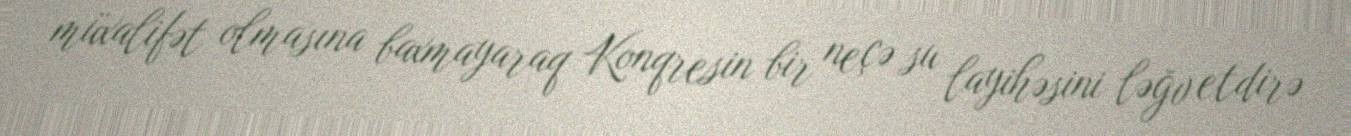
müxalifət olmasına baxmayaraq Konqresin bir neçə su layihəsini ləğv etdirə